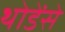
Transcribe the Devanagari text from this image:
थोडेंसे